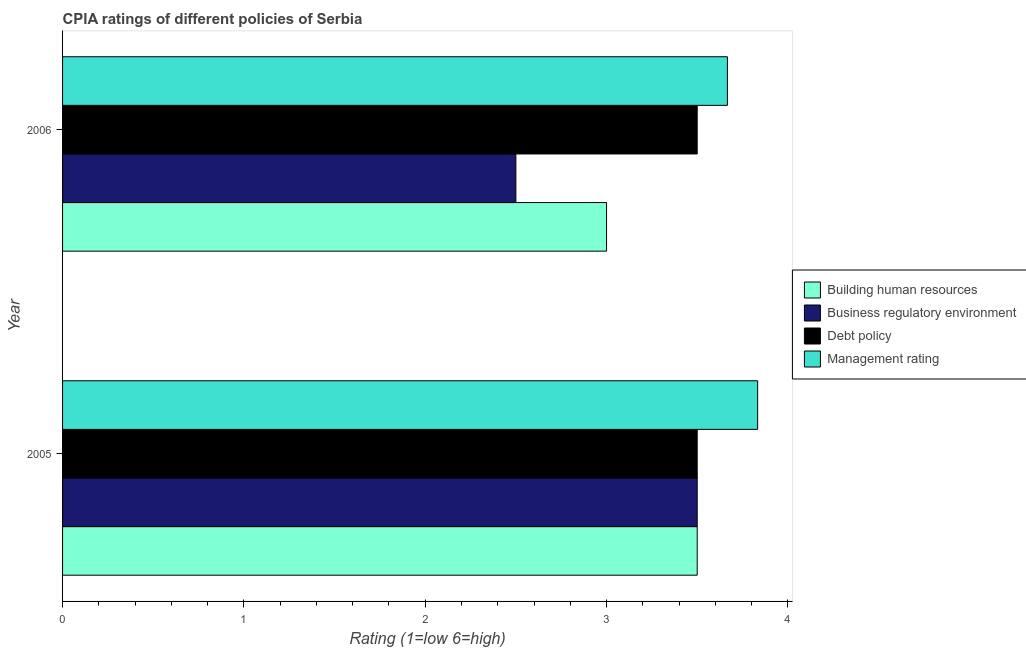
| Year | Building human resources | Business regulatory environment | Debt policy | Management rating |
 | --- | --- | --- | --- | --- |
 | 2005 | 3.5 | 3.5 | 3.5 | 3.83 |
 | 2006 | 3 | 2.5 | 3.5 | 3.67 |